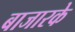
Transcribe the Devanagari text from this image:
बाजारके